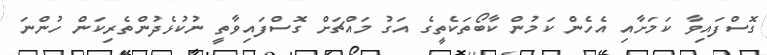
ގޮސްފައިވާ ކަމަށާއި އެހެން ކަމުން ކާބޯތަކެތީގެ އަގު މައްޗަށް ގޮސްފައިވާތީ ނުކުޅެދުންތެރިކަން ހުންނަ